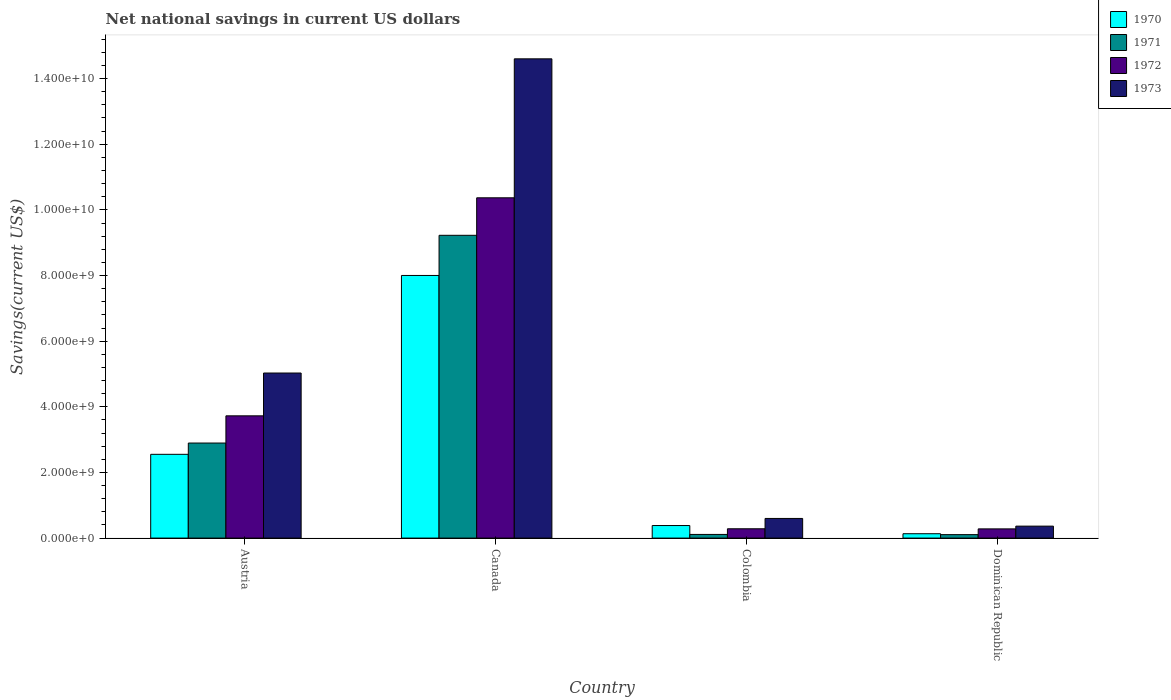
| Country | 1970 | 1971 | 1972 | 1973 |
 | --- | --- | --- | --- | --- |
 | Austria | 2.55e+09 | 2.9e+09 | 3.73e+09 | 5.03e+09 |
 | Canada | 8e+09 | 9.23e+09 | 1.04e+10 | 1.46e+10 |
 | Colombia | 3.83e+08 | 1.11e+08 | 2.84e+08 | 5.98e+08 |
 | Dominican Republic | 1.33e+08 | 1.05e+08 | 2.8e+08 | 3.65e+08 |